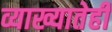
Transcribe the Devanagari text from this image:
व्याख्यातेही